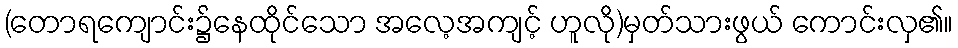
(တောရကျောင်း၌နေထိုင်သော အလေ့အကျင့် ဟူလို)မှတ်သားဖွယ် ကောင်းလှ၏။